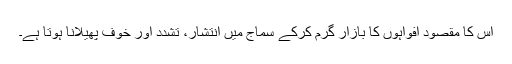
اس کا مقصود افواہوں کا بازار گرم کرکے سماج میں انتشار، تشدد اور خوف پھیلانا ہوتا ہے۔